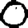
Digit: 0